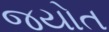
જયોત